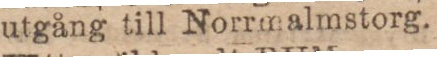
utgång till Norrmalmstorg.